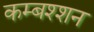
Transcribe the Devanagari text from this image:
कम्बश्शन